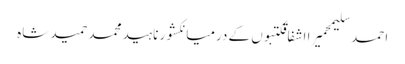
احمد سلیمحمیرا اشفاقکتبوں کے درمیانکشور ناہیدمحمد حمید شاہ